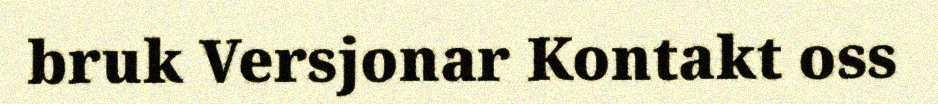
bruk Versjonar Kontakt oss